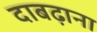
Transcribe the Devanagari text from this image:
दाबढ़ाना